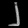
Digit: ၂